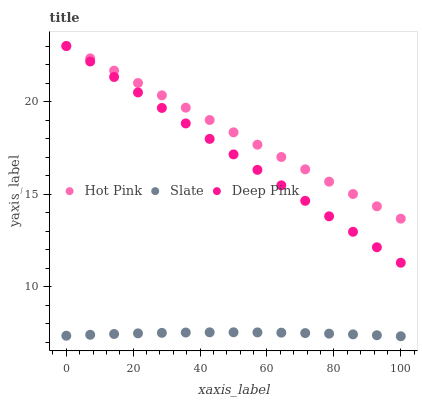
| xaxis_label | Hot Pink | Slate | Deep Pink |
 | --- | --- | --- | --- |
 | 0 | 23 | 7.35 | 23 |
 | 7.14 | 22.3 | 7.4 | 22.2 |
 | 14.3 | 21.7 | 7.44 | 21.3 |
 | 21.4 | 21 | 7.48 | 20.5 |
 | 28.6 | 20.3 | 7.5 | 19.7 |
 | 35.7 | 19.7 | 7.52 | 18.8 |
 | 42.9 | 19 | 7.53 | 18 |
 | 50 | 18.3 | 7.53 | 17.1 |
 | 57.1 | 17.7 | 7.53 | 16.3 |
 | 64.3 | 17 | 7.51 | 15.5 |
 | 71.4 | 16.3 | 7.49 | 14.6 |
 | 78.6 | 15.7 | 7.46 | 13.8 |
 | 85.7 | 15 | 7.42 | 13 |
 | 92.9 | 14.3 | 7.38 | 12.1 |
 | 100 | 13.7 | 7.32 | 11.3 |